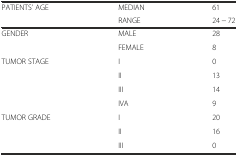
<table><thead><tr><td rowspan="2"><b>PATIENTS’ AGE</b></td><td><b>MEDIAN</b></td><td><b>61</b></td></tr><tr><td><b>RANGE</b></td><td><b>24 − 72</b></td></tr></thead><tbody><tr><td rowspan="2">GENDER</td><td>MALE</td><td>28</td></tr><tr><td>FEMALE</td><td>8</td></tr><tr><td rowspan="4">TUMOR STAGE</td><td>I</td><td>0</td></tr><tr><td>II</td><td>13</td></tr><tr><td>III</td><td>14</td></tr><tr><td>IVA</td><td>9</td></tr><tr><td rowspan="3">TUMOR GRADE</td><td>I</td><td>20</td></tr><tr><td>II</td><td>16</td></tr><tr><td>III</td><td>0</td></tr></tbody></table>